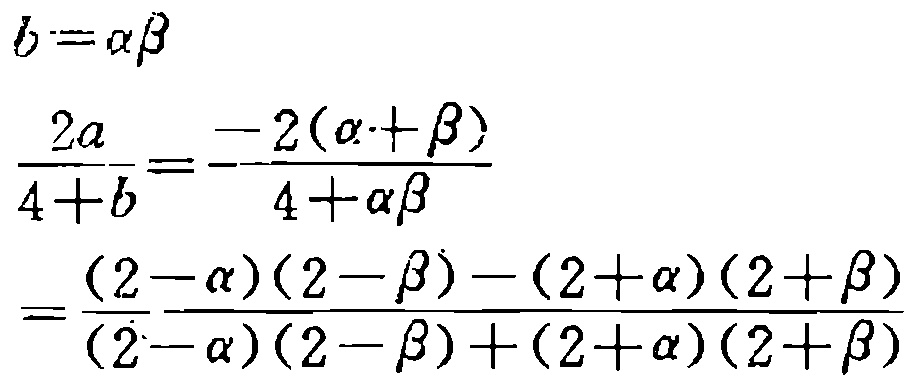
\[
\begin{align*}
b&=\alpha\beta\\
\frac{2a}{4 + b}&=\frac{-2(\alpha+\beta)}{4+\alpha\beta}\\
&=\frac{(2 - \alpha)(2 - \beta)-(2+\alpha)(2+\beta)}{(2 - \alpha)(2 - \beta)+(2+\alpha)(2+\beta)}
\end{align*}
\]